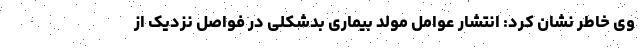
وی خاطر نشان کرد: انتشار عوامل مولد بیماری بدشکلی در فواصل نزدیک از